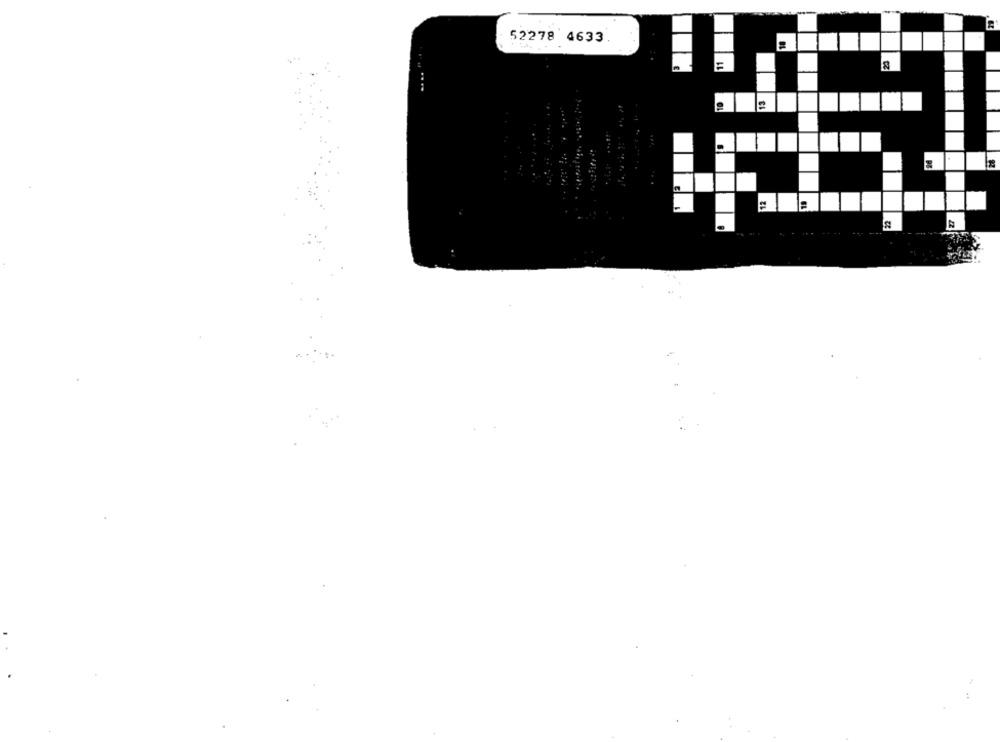
52278 4633
-